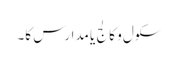
سکول و کالج یا مدارس کا۔